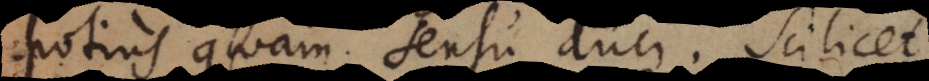
potius quam sensu duci. Scilicet